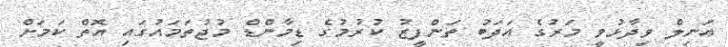
އަނިލް ވިދާޅުވީ މަރުގެ އަދަބު ތަންފީޒު ކުރުމުގެ ޑިމާންޑް މުޖުތަމައުގައި އޮތް ކަމަށް